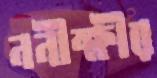
ননীক্ষীর